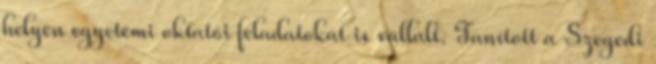
helyen egyetemi oktatói feladatokat is vállalt. Tanított a Szegedi